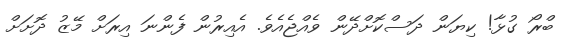
ބްރޯ ގުޅާ! ކިޔަން ދަސްކޮށްދޭން ވެއްޖެއެވެ. އެއިރުން ފެންނަ އިރަށް މޭޒު ދޮށަށް